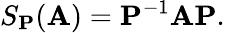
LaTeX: S_{\mathbf{P}}(\mathbf{A})=\mathbf{P}^{-1}\mathbf{A}\mathbf{P}.